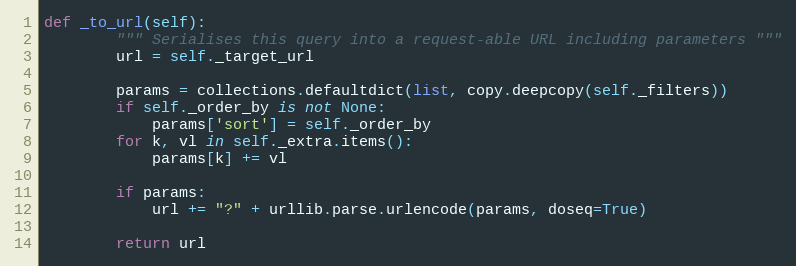
Language: Python
def _to_url(self):
        """ Serialises this query into a request-able URL including parameters """
        url = self._target_url

        params = collections.defaultdict(list, copy.deepcopy(self._filters))
        if self._order_by is not None:
            params['sort'] = self._order_by
        for k, vl in self._extra.items():
            params[k] += vl

        if params:
            url += "?" + urllib.parse.urlencode(params, doseq=True)

        return url